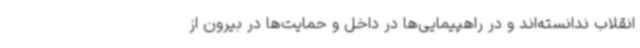
انقلاب ندانسته‌اند و در راهپیمایی‌ها در داخل و حمایت‌ها در بیرون از